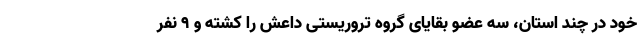
خود در چند استان، سه عضو بقایای گروه تروریستی داعش را کشته و ۹ نفر